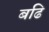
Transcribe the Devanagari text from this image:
बढि